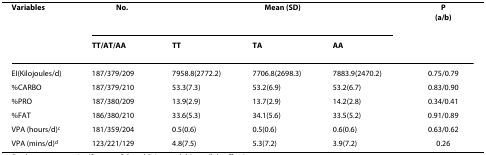
<table><thead><tr><td><b>Variables</b></td><td><b>No.</b></td><td colspan="3"><b>Mean (SD)</b></td><td><b>P(a/b)</b></td></tr><tr><td></td><td><b>TT/AT/AA</b></td><td><b>TT</b></td><td><b>TA</b></td><td><b>AA</b></td><td></td></tr></thead><tbody><tr><td>EI(Kilojoules/d)</td><td>187/379/209</td><td>7958.8(2772.2)</td><td>7706.8(2698.3)</td><td>7883.9(2470.2)</td><td>0.75/0.79</td></tr><tr><td>%CARBO</td><td>187/379/210</td><td>53.3(7.3)</td><td>53.2(6.9)</td><td>53.2(6.7)</td><td>0.83/0.90</td></tr><tr><td>%PRO</td><td>187/380/209</td><td>13.9(2.9)</td><td>13.7(2.9)</td><td>14.2(2.8)</td><td>0.34/0.41</td></tr><tr><td>%FAT</td><td>186/380/210</td><td>33.6(5.3)</td><td>34.1(5.6)</td><td>33.5(5.2)</td><td>0.91/0.89</td></tr><tr><td>VPA (hours/d)<sup>c</sup></td><td>181/359/204</td><td>0.5(0.6)</td><td>0.5(0.6)</td><td>0.6(0.6)</td><td>0.63/0.62</td></tr><tr><td>VPA (mins/d)<sup>d</sup></td><td>123/221/129</td><td>4.8(7.5)</td><td>5.3(7.2)</td><td>3.9(7.2)</td><td>0.26</td></tr></tbody></table>